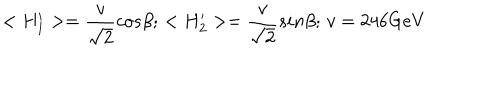
< H _ { 1 } ^ { \prime } > = { \frac { v } { \sqrt 2 } } c o s \beta ; \, < H _ { 2 } ^ { \prime } > = { \frac { v } { \sqrt 2 } } s i n \beta ; \, v = 2 4 6 \mathrm { G e V }